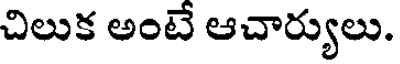
చిలుక అంటే ఆచార్యులు.